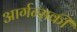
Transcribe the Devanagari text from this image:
आर्गन्सकी